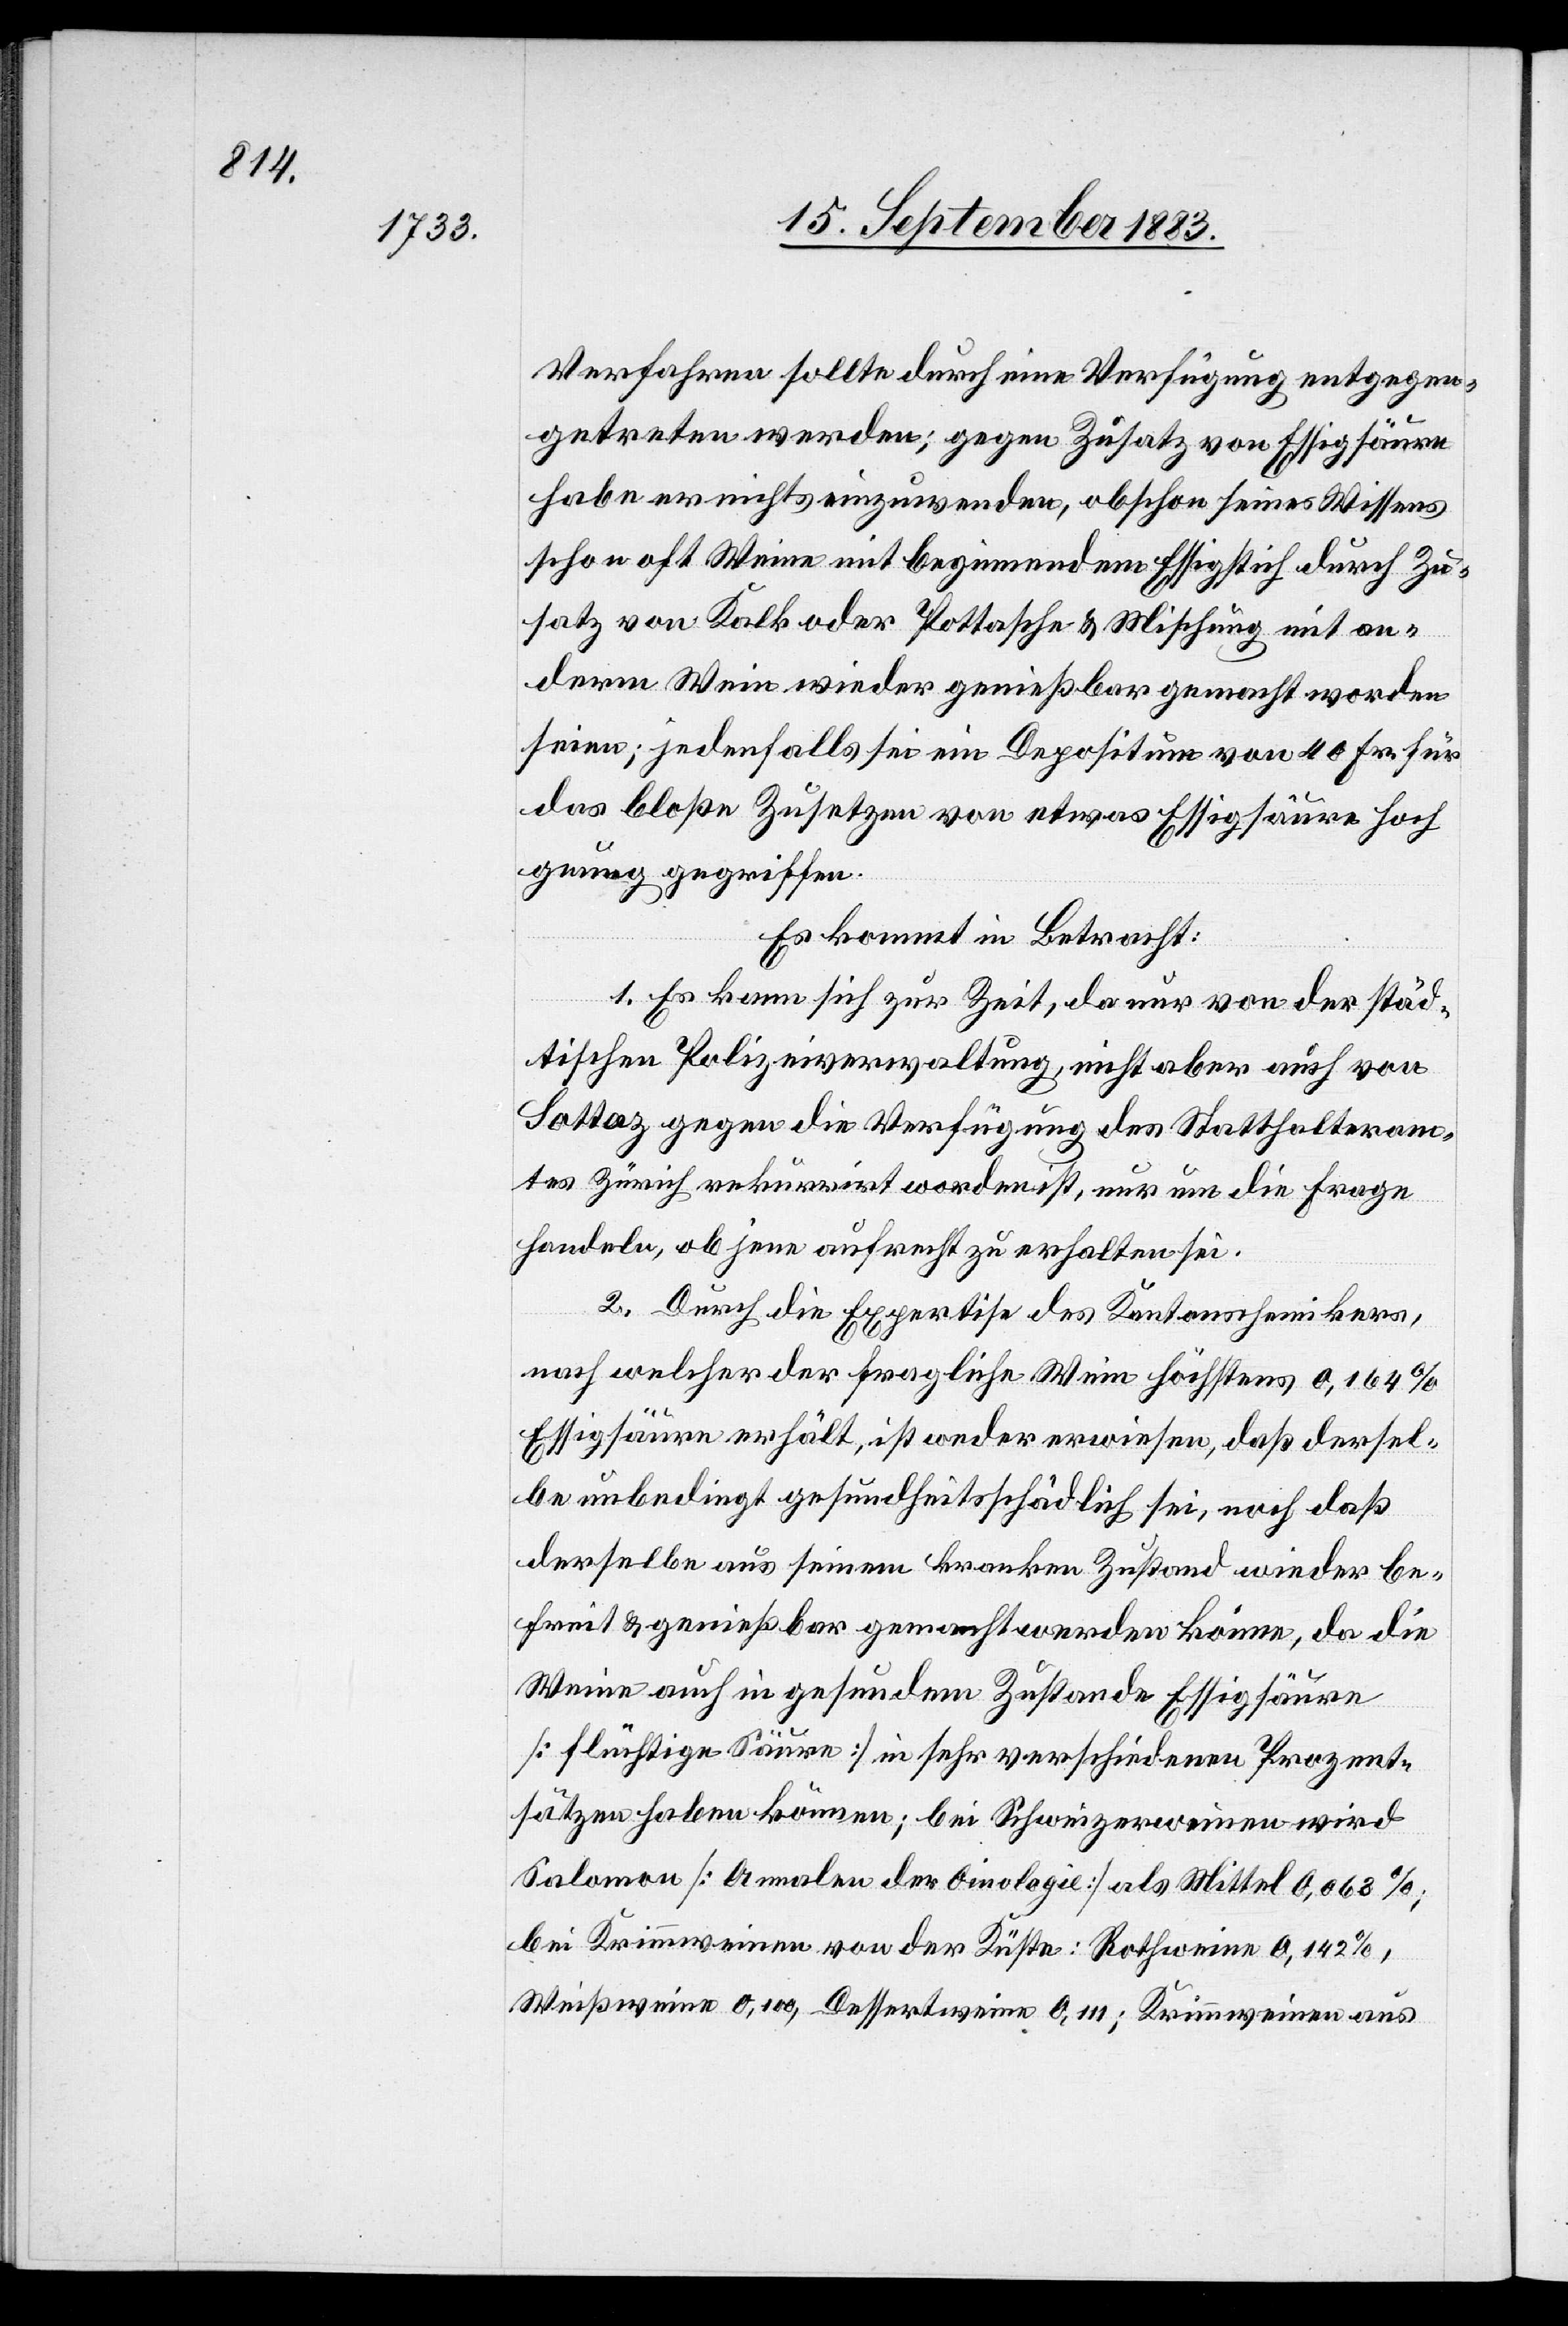
Verfahren sollte durch eine Verfügung entgegen¬
getreten werden; gegen Zusatz von Essigsäure
habe er nichts einzuwenden, obschon seines Wissens
schon oft Weine mit beginnendem Essigstich durch Zu¬
satz von Kalk oder Pottasche & Mischung mit an¬
derem Wein wieder genießbar gemacht worden
seien; jedenfalls sei ein Depositum von 40 Fr. für
das bloße Zusetzen von etwas Essigsäure hoch
genug gegriffen.
Es kommt in Betracht:
1. Es kann sich zur Zeit, da nur von der städ¬
tischen Polizeiverwaltung, nicht aber auch von
Sottaz gegen die Verfügung des Statthalteram¬
tes Zürich rekurrirt worden ist, nur um die Frage
handeln, ob jene aufrecht zu erhalten sei.
2. Durch die Expertise des Kantonschemikers,
nach welcher der fragliche Wein höchstens 0,164%
lbe unbedingt gesundheitsschädlich sei, noch daß
derselbe aus seinem kranken Zustand wieder be¬
freit & genießbar gemacht werden könne, da die
Weine auch in gesundem Zustande Essigsäure
derse¬
[flüchtige Säure] in sehr verschiedenen Prozent¬
sätzen haben können; bei Schweizerweinen wird
Salomon [Annalen der Oinologie [sic!]] als Mittel 0,063%;
bei Krimmweinen von der Küste: Rothweine 0,142%,
Weißweine 0,100, Dessertweine 0,111; Krimmweine aus